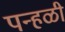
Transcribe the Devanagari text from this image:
पन्हळी